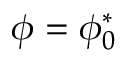
\phi = \phi _ { 0 } ^ { * }